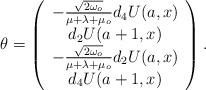
LaTeX: \begin{align*}\theta =\left( \begin{array}{c}-\frac{\sqrt{2\omega _{o}}}{\mu +\lambda +\mu _{o}}d_{4}U(a,x) \\ d_{2}U(a+1,x) \\ -\frac{\sqrt{2\omega _{o}}}{\mu +\lambda +\mu _{o}}d_{2}U(a,x) \\ d_{4}U(a+1,x)\end{array}\right) . \end{align*}